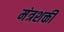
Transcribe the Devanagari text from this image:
मंत्रशक्ती